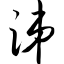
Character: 涕